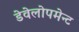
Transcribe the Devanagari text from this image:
डेवेलोपमेन्ट